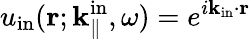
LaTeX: u_{\mathrm{in}}({\mathbf r};{\mathbf k}_{\parallel}^{\mathrm{in}},\omega)=e^{i{\mathbf k}_{\mathrm{in}}\cdot{\mathbf r}}